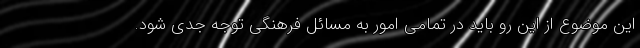
این موضوع از این رو باید در تمامی امور به مسائل فرهنگی توجه جدی شود.